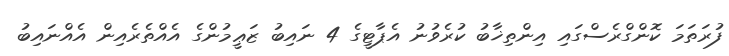
ފުރަތަމަ ކޮންގްރެސްގައި އިންތިޚާބު ކުރެވުނު އެޕާޓީގެ 4 ނައިބު ޒަޢީމުންގެ އެއްތެރެއިން އެއްނައިބު